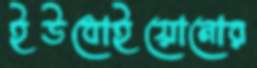
ইউধোইয়োনোর